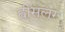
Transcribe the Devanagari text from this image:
ह्वीसलर